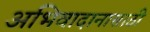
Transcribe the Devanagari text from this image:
अभिवादानासाठी